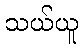
သယ်ယူ